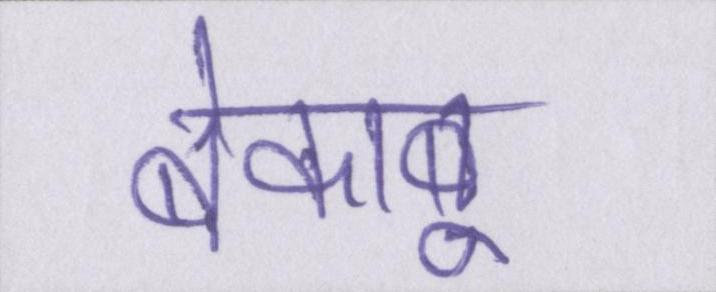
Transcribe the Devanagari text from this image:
बेकाबू